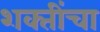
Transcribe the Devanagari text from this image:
शक्‍तींचा